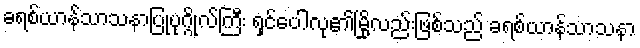
ခရစ်ယာန်သာသနာပြုပုဂ္ဂိုလ်ကြီး ရှင်ပေါလု၏မြို့လည်းဖြစ်သည် ခရစ်ယာန်သာသနာ